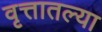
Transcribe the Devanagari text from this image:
वृत्तातल्या